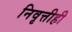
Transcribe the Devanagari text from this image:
निवृत्तीही